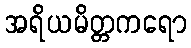
အရိယမိတ္တကရော